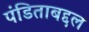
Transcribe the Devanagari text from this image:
पंडिताबद्दल